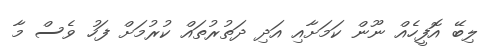
ލިބޭ އޮފީހެއް ނޫން ކަމަށާއި އަދި ދަތުރުތައް ކުރުމަށް ފަހު ވެސް މާ